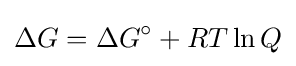
\Delta G=\Delta G^{\circ }+RT\ln Q